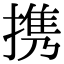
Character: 携